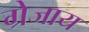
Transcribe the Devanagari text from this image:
ग्रेजाय